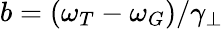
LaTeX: b=(\omega_{T}-\omega_{G})/\gamma_{\perp}